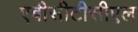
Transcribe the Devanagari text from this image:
एबीसीटीसीएल